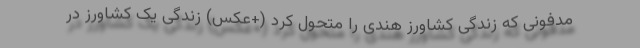
مدفونی که زندگی کشاورز هندی را متحول کرد (+عکس) زندگی یک کشاورز در